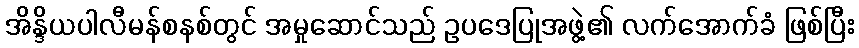
အိန္ဒိယပါလီမန်စနစ်တွင် အမှုဆောင်သည် ဥပဒေပြုအဖွဲ့၏ လက်အောက်ခံ ဖြစ်ပြီး